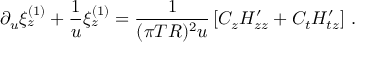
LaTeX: \partial _ { u } \xi _ { z } ^ { ( 1 ) } + { \frac { 1 } { u } } \xi _ { z } ^ { ( 1 ) } = { \frac { 1 } { ( \pi T R ) ^ { 2 } u } } \left[ C _ { z } H _ { z z } ^ { \prime } + C _ { t } H _ { t z } ^ { \prime } \right] \, .